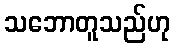
သဘောတူသည်ဟု